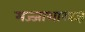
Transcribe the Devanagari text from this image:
मज्जाशास्त्रज्ञ